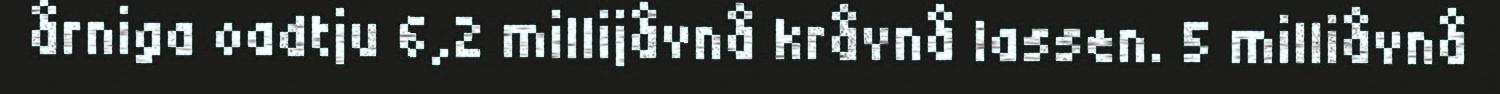
årniga oadtju 6,2 millijåvnå kråvnå lassen. 5 milliåvnå